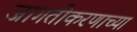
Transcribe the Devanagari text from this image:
जागतीकरणाच्या